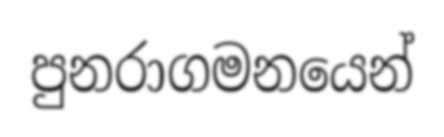
පුනරාගමනයෙන්